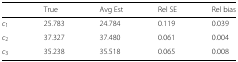
<table><thead><tr><td></td><td><b>True</b></td><td><b>Avg Est</b></td><td><b>Rel SE</b></td><td><b>Rel bias</b></td></tr></thead><tbody><tr><td><i>c</i><sub>1</sub></td><td>25.783</td><td>24.784</td><td>0.119</td><td>0.039</td></tr><tr><td><i>c</i><sub>2</sub></td><td>37.327</td><td>37.480</td><td>0.061</td><td>0.004</td></tr><tr><td><i>c</i><sub>3</sub></td><td>35.238</td><td>35.518</td><td>0.065</td><td>0.008</td></tr></tbody></table>